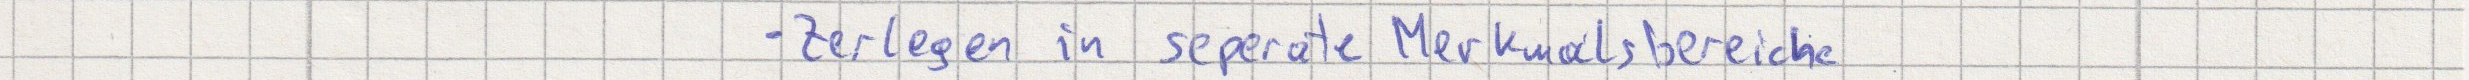
- Zerlegen in seperate Merkmalsbereiche